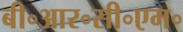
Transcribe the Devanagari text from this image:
बी॰आर॰सी॰एम॰